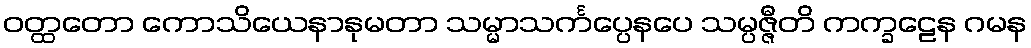
ဝတ္ထတော ကောသိယေနာနုမတာ သမ္မာသင်္ကပ္ပေနပေ သမ္ပဇ္ဇီတိ ကက္ခဠေန ဂမန